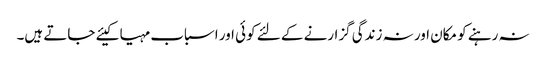
نہ رہنے کو مکان اور نہ زندگی گزارنے کے لئے کوئی اور اسباب مہیا کیئے جاتے ہیں۔